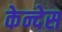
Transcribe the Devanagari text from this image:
केन्देस